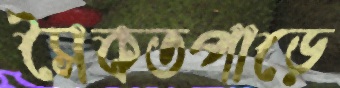
সৈকতপাড়ে